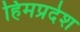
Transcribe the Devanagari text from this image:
हिमप्रदेश